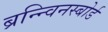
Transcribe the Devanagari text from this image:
ब्रन्न्विनस्बोर्ड